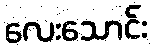
လေးသောင်း